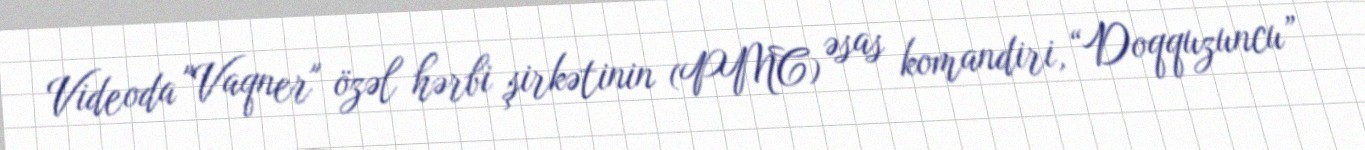
Videoda "Vaqner" özəl hərbi şirkətinin (PMC) əsas komandiri, “Doqquzuncu”